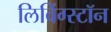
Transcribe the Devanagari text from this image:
लिविंग्स्टॉन